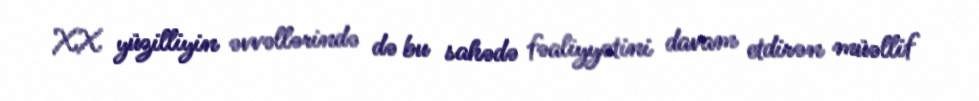
XX yüzilliyin əvvəllərində də bu sahədə fəaliyyətini davam etdirən müəllif